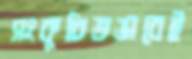
সংকুচিতভাবেই